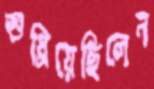
শুধ্‌রিয়েছিলেন